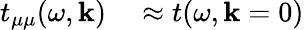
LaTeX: \begin{array}{rl}{t_{\mu\mu}(\omega,\mathbf{k})}&{{}\approx t(\omega,\mathbf{k}=0)}\end{array}